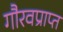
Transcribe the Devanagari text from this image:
गौरवप्राप्त